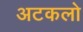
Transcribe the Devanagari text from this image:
अटकलो